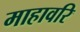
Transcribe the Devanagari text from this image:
माहावरि